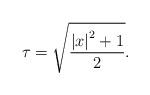
LaTeX: \begin{align*}\tau =\sqrt{\frac{\left\vert x\right\vert ^{2}+1}{2}}. \end{align*}